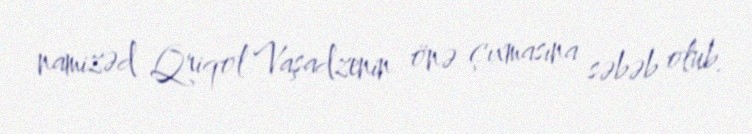
namizəd Qriqol Vaşadzenin önə çıxmasına səbəb olub.